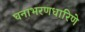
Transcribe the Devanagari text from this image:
घनाभरणधारिणे